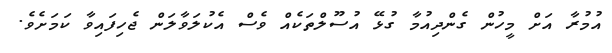
އުމުރާ އަށް މީހުން ގެންދިއުމާ ގުޅޭ އުސޫލްތަކެއް ވެސް އެކުލަވާލަން ޖެހިފައިވާ ކަމަށެވެ.